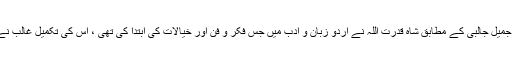
(۳) ڈاکٹر جمیل جالبی کے مطابق شاہ قدرت اللہ نے اردو زبان و ادب میں جس فکر و فن اور خیالات کی ابتدا کی تھی ، اس کی تکمیل غالب نے کی ہے ۔